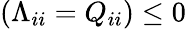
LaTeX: (\Lambda_{ii}=Q_{ii})\leq 0